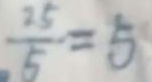
\frac { 2 5 } { 5 } = 5